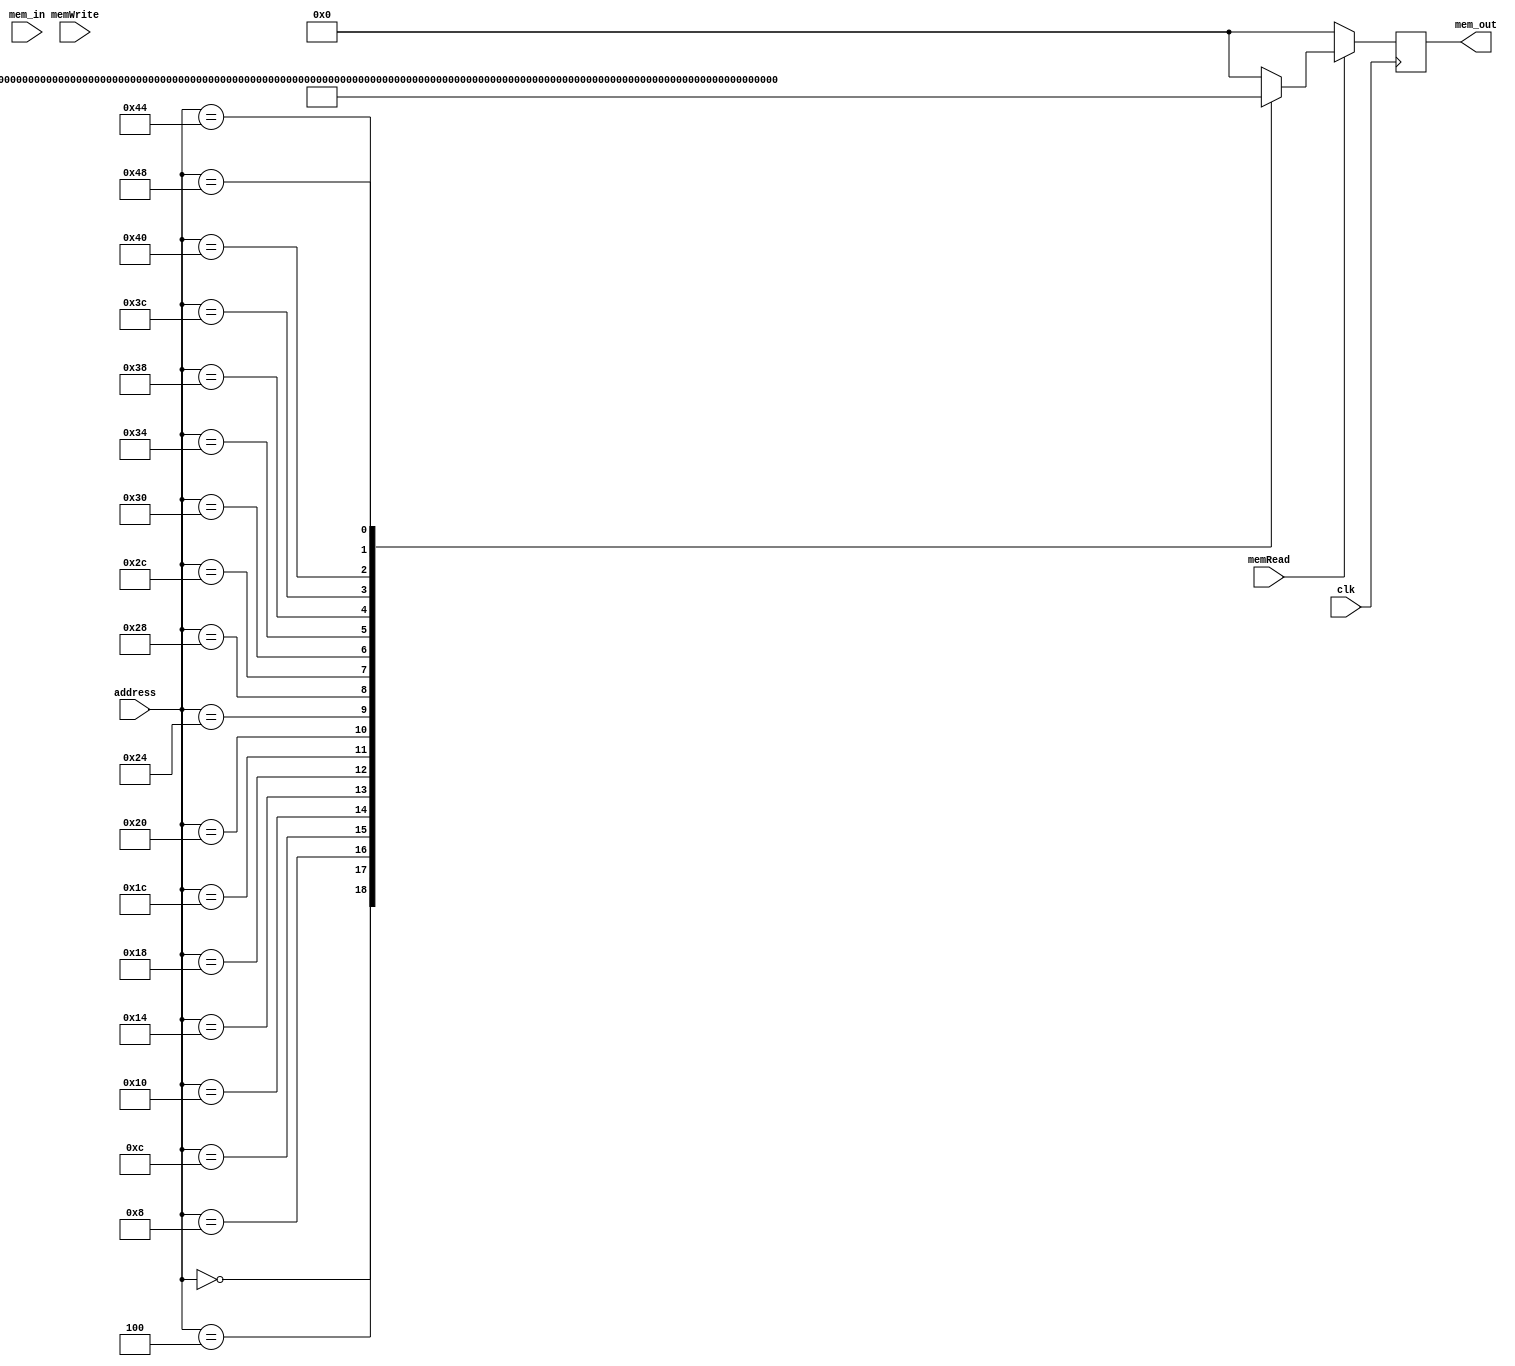
module instr_mem (
	clk,
	memRead,
	memWrite,
	address,
	mem_in,
	mem_out
	);

input  clk, memRead, memWrite;
input [6:0] address;
input [31:0] mem_in;
output [31:0] mem_out;

reg [31:0] mem_out;

always @ (posedge clk)
begin
	mem_out = 32'b00000000000000000000000000000000;
	if (memRead) begin
		case (address)
			7'b0000000 : mem_out = 32'b00000000011100000000100000010011;
			7'b0000100 : mem_out = 32'b00000000000000000010001000010111;
			7'b0001000 : mem_out = 32'b11111111110000100000001000010011;
			7'b0001100 : mem_out = 32'b00000000000000000010001010010111;
			7'b0010000 : mem_out = 32'b00000001000000101000001010010011;
			7'b0010100 : mem_out = 32'b01000000000000000000011010110111;
			7'b0011000 : mem_out = 32'b11111111111101101000011010010011;
			7'b0011100 : mem_out = 32'b00000010000010000000001001100011;
			7'b0100000 : mem_out = 32'b00000000000000100010010000000011;
			
			7'b0100100 : mem_out = 32'b00000010000001000000010100110011;
			
			7'b0101000 : mem_out = 32'b00000000010000100000001000010011;
			7'b0101100 : mem_out = 32'b11111111111110000000100000010011;
			7'b0110000 : mem_out = 32'b00000000110101010010010110110011;
			7'b0110100 : mem_out = 32'b11111110000001011000010011100011;
			7'b0111000 : mem_out = 32'b00000000000001010000011010110011;
			7'b0111100 : mem_out = 32'b11111110000111111111000011101111;
			7'b1000000 : mem_out = 32'b00000000110100101010000000100011;
			7'b1000100 : mem_out = 32'b00000000000000000000000011101111;
			7'b1001000 : mem_out = 32'b00000000000000000000000000010011;
		endcase
	end
end

endmodule